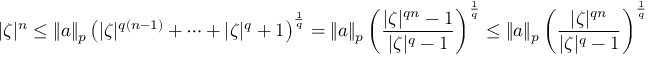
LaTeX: | \zeta | ^ { n } \leq \| a \| _ { p } \left( | \zeta | ^ { q ( n - 1 ) } + \cdots + | \zeta | ^ { q } + 1 \right) ^ { \frac { 1 } { q } } = \| a \| _ { p } \left( { \frac { | \zeta | ^ { q n } - 1 } { | \zeta | ^ { q } - 1 } } \right) ^ { \frac { 1 } { q } } \leq \| a \| _ { p } \left( { \frac { | \zeta | ^ { q n } } { | \zeta | ^ { q } - 1 } } \right) ^ { \frac { 1 } { q } } ,